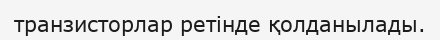
транзисторлар ретінде қолданылады.